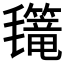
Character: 𣰳